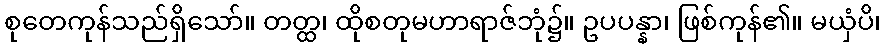
စုတေကုန်သည်ရှိသော်။ တတ္ထ၊ ထိုစတုမဟာရာဇ်ဘုံ၌။ ဥပပန္နာ၊ ဖြစ်ကုန်၏။ မယှံပိ၊